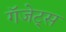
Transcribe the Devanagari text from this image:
गॅजेट्स